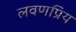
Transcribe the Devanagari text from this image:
लवणप्रिय